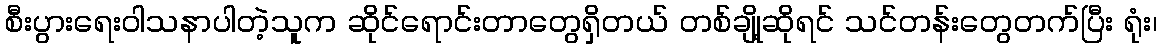
စီးပွားရေးဝါသနာပါတဲ့သူက ဆိုင်ရောင်းတာတွေရှိတယ် တစ်ချို့ဆိုရင် သင်တန်းတွေတက်ပြီး ရုံး၊